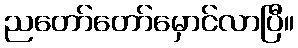
ညတော်တော်မှောင်လာပြီ။